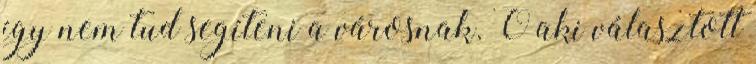
így nem tud segíteni a városnak. Ő aki választott